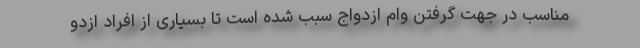
مناسب در جهت گرفتن وام ازدواج سبب شده است تا بسیاری از افراد ازدو